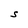
Character: S